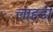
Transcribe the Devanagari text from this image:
लाहडी